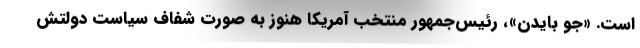
است. «جو بایدن»، رئیس‌جمهور منتخب آمریکا هنوز به صورت شفاف سیاست دولتش